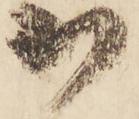
御